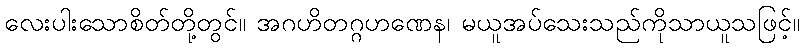
လေးပါးသောစိတ်တို့တွင်။ အဂဟိတဂ္ဂဟဏေန၊ မယူအပ်သေးသည်ကိုသာယူသဖြင့်။